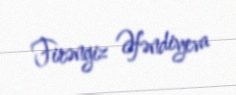
Firəngiz Əfəndiyeva